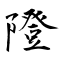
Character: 隥